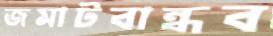
জমাটবান্ধব